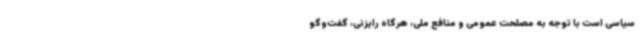
سیاسی است با توجه به مصلحت عمومی و منافع ملی، هرگاه رایزنی، گفت‌وگو